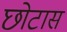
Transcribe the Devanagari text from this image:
छोटास